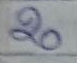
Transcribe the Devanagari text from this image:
२